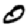
Digit: 0